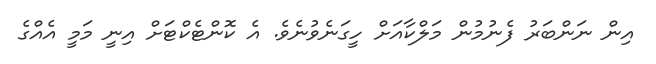
އިން ނަންބަރު ފެނުމުން މަލްކާއަށް ހީގަނެވުނެވެ. އެ ކޮންޓެކްޓަށް އިނީ މަމީ އެއްގެ